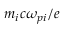
m _ { i } c \omega _ { p i } / e